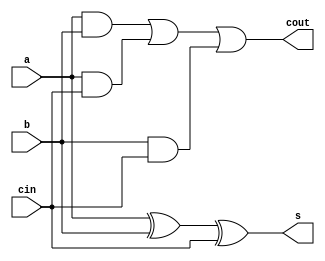
// Full_Adder
module full_adder(
	input wire a,
	input wire b,
	input wire cin,
	output wire cout,
	output wire s);
assign s 	= a ^ b ^ cin; // sum
assign cout = (a & b) | (a & cin) | (b & cin); // Carry out

endmodule